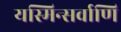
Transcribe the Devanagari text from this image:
यस्मिन्सर्वाणि